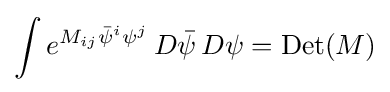
\int e^{M_{ij}{\bar {\psi }}^{i}\psi ^{j}}\,D{\bar {\psi }}\,D\psi =\mathrm {Det} (M)